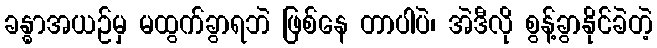
ခန္ဓာအယဉ်မှ မထွက်ခွာရဘဲ ဖြစ်နေ တာပါပဲ၊ အဲဒီလို စွန့်ခွာနိုင်ခဲတဲ့